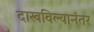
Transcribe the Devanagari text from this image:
दाखविल्यानंतर